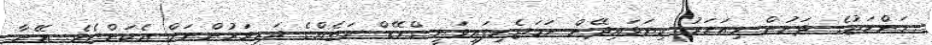
މަންހަޖުގެ ދަށުން މިއަހަރު ކިޔަވައިދޭން ހަމަޖެހިފައިވަނީ ގްރޭޑް ހަތެއްގެ ދަރިވަރުންނަށް އެކަންޏެވެ. އޭނާ